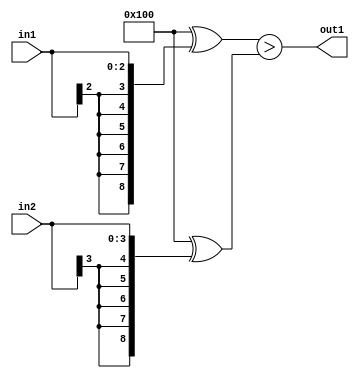
`timescale 1ps / 1ps
/*****************************************************************************
    Verilog RTL Description
    
    
    Created by: Stratus DpOpt 2019.1.01 
*******************************************************************************/

module SobelFilter_LessThan_4Sx3S_1U_4 (
	in2,
	in1,
	out1
	); /* architecture "behavioural" */ 
input [3:0] in2;
input [2:0] in1;
output  out1;
wire  asc001;

assign asc001 = ((9'B100000000 ^ {{6{in1[2]}}, in1})>(9'B100000000 ^ {{5{in2[3]}}, in2}));

assign out1 = asc001;
endmodule

/* CADENCE  ubX2TQs= : u9/ySgnWtBlWxVPRXgAZ4Og= ** DO NOT EDIT THIS LINE ******/